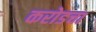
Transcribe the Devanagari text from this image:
करोडचा